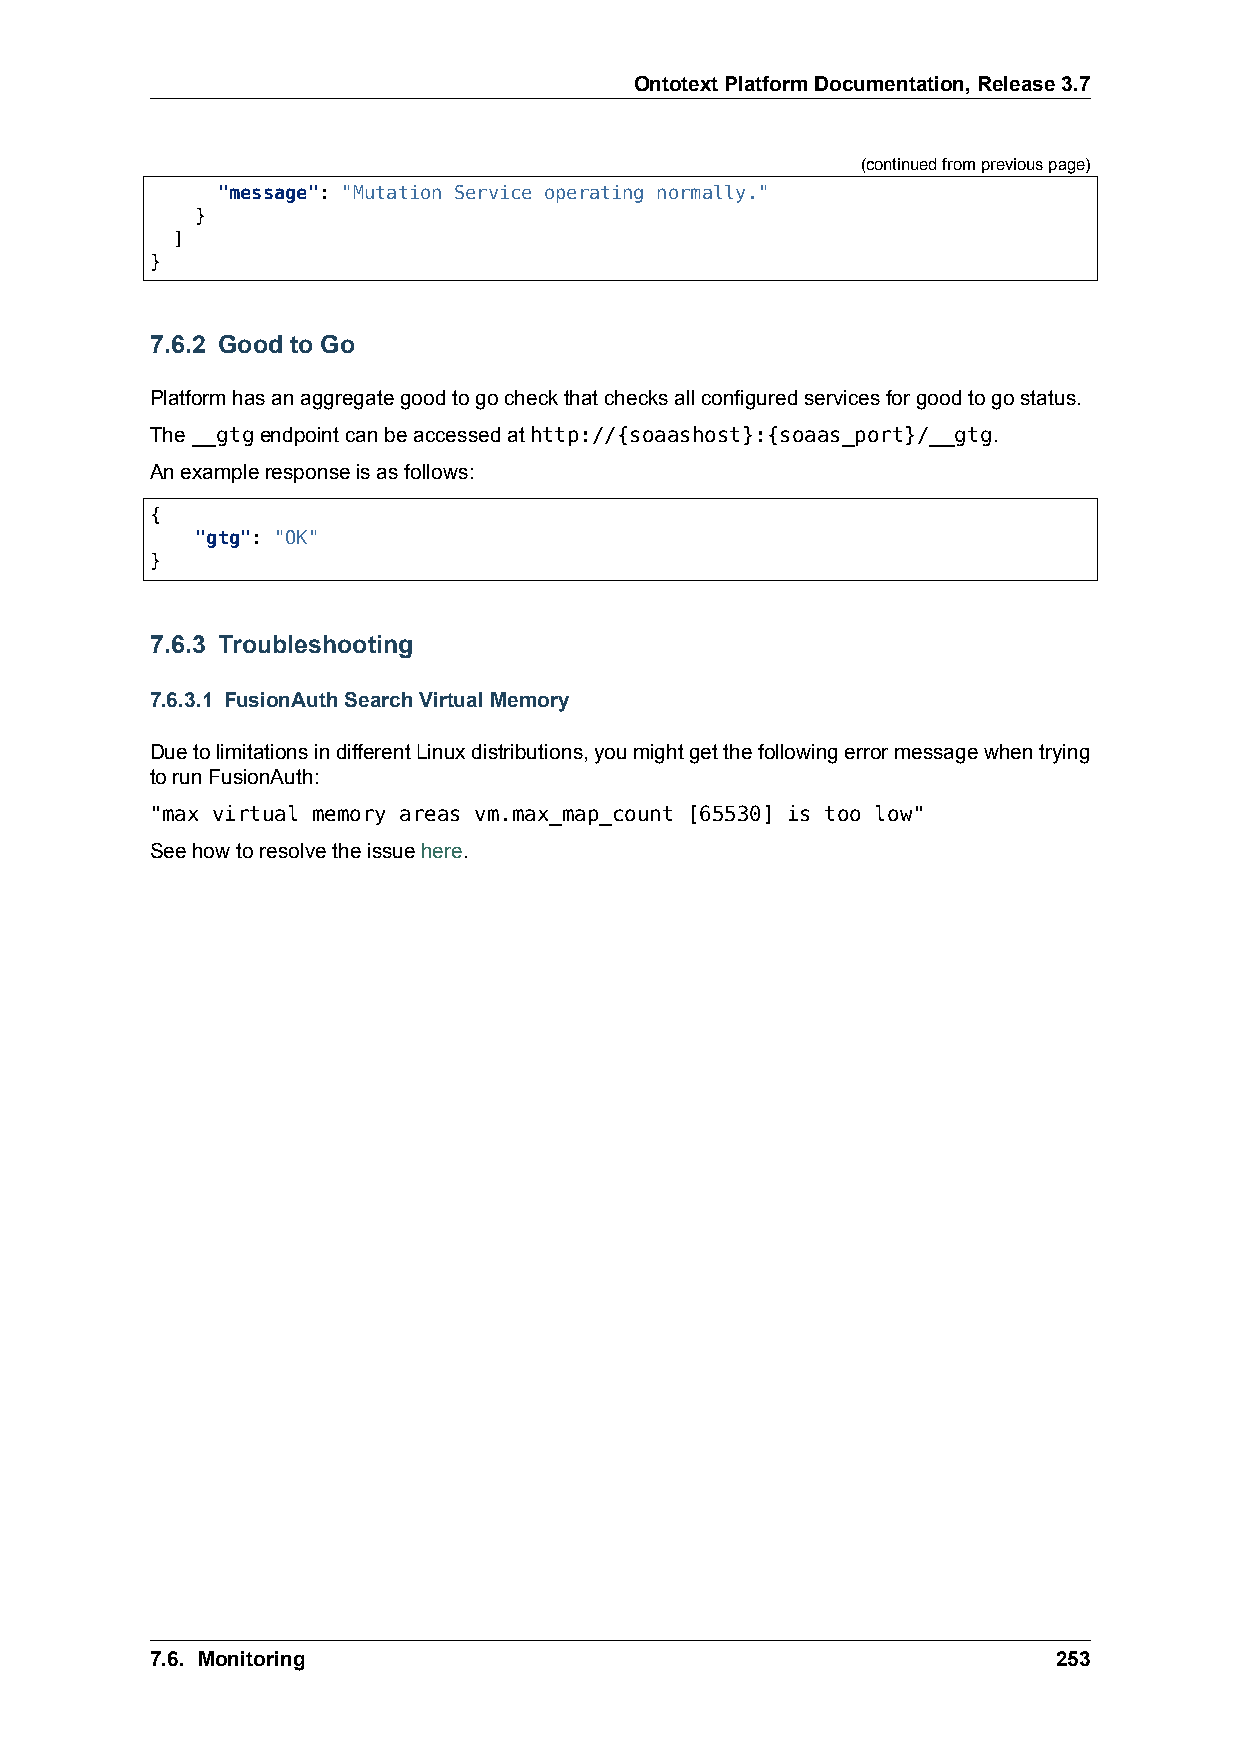
OntotextPlatformDocumentation,Release3.7
 (continuedfrompreviouspage)
 "message": "Mutation Service operating normally."
 }
 ]
 }
 7.6.2 Good to Go
 Platformhasanaggregategoodtogocheckthatchecksallconfiguredservicesforgoodtogostatus.
 The__gtgendpointcanbeaccessedathttp://{soaashost}:{soaas_port}/__gtg.
 Anexampleresponseisasfollows:
 {
 "gtg": "OK"
 }
 7.6.3 Troubleshooting
 7.6.3.1 FusionAuthSearchVirtualMemory
 DuetolimitationsindifferentLinuxdistributions,youmightgetthefollowingerrormessagewhentrying
 torunFusionAuth:
 "max virtual memory areas vm.max_map_count [65530] is too low"
 Seehowtoresolvetheissuehere.
 7.6. Monitoring                                             253